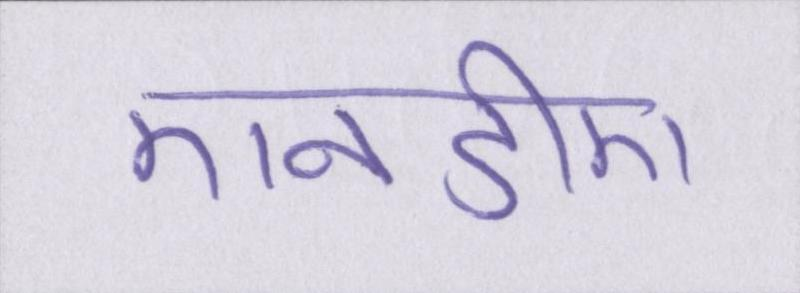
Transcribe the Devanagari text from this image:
एनडीए